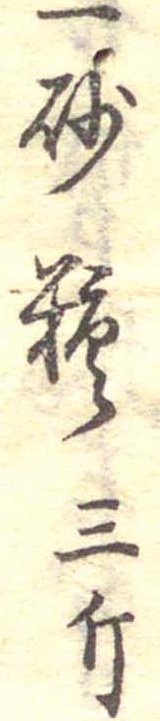
一砂糖三斤